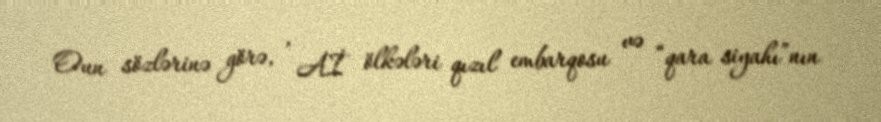
Oun sözlərinə görə, , Aİ ölkələri qızıl embarqosu və “qara siyahı”nın